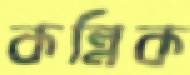
কন্নিক